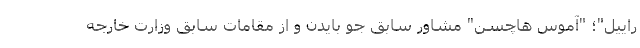
راییل"؛ "آموس هاچسن" مشاور سابق جو بایدن و از مقامات سابق وزارت خارجه